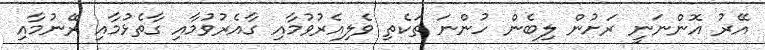
އޭރު އޮންނަނީ ރަށުން ލިބެން ހުންނަ ތަކެތި ވެލިއެރުވުމާއި ގާއެރުވުމާއި ގާތެޅުމާއި ރޭނުމާއި